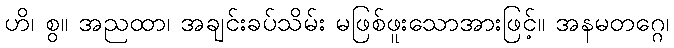
ဟိ၊ စွ။ အညထာ၊ အချင်းခပ်သိမ်း မဖြစ်ဖူးသောအားဖြင့်။ အနမတဂ္ဂေ၊